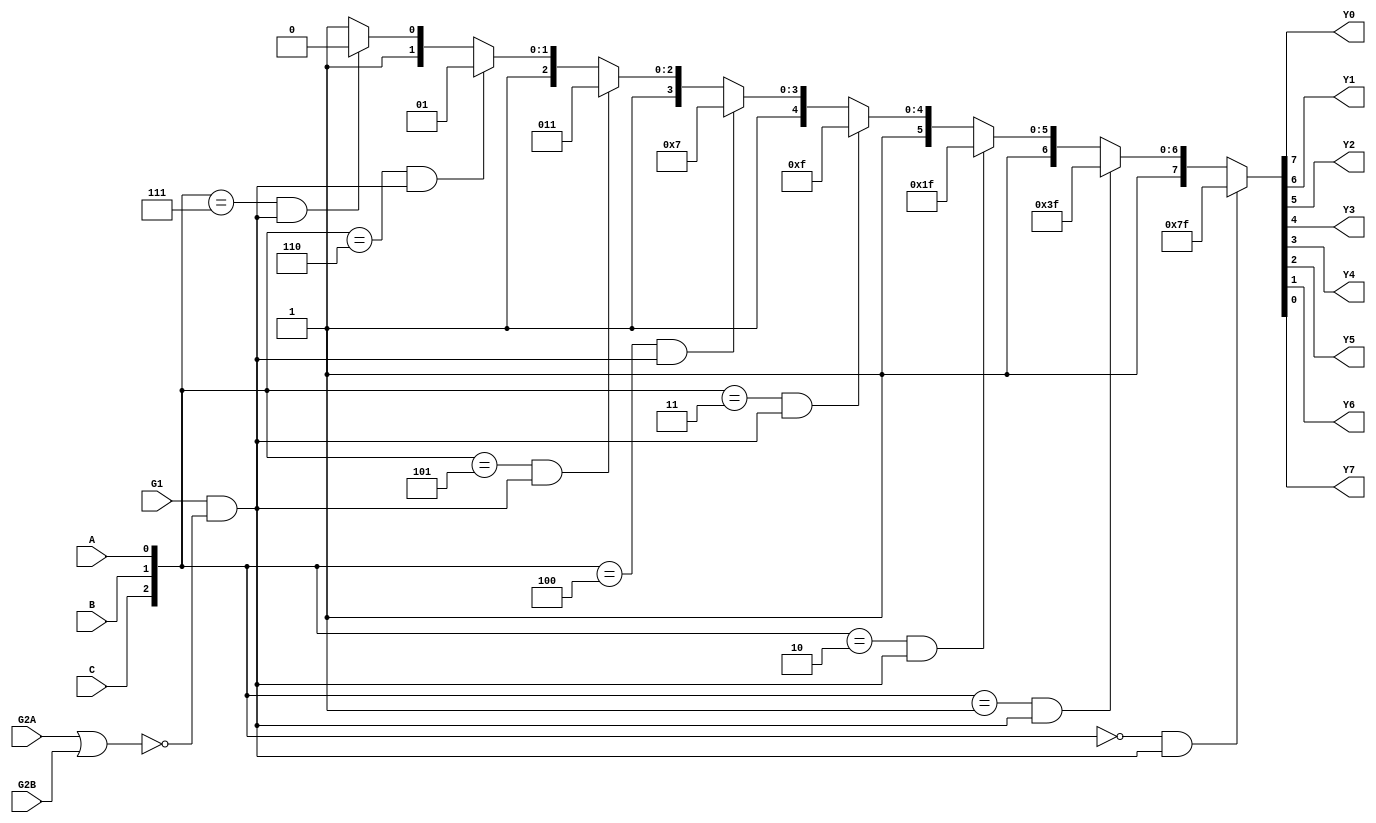
/*
 * $Id$
 */

/*
 * 3-to-8-line decoder
 */

//`define REG_DELAY 1
`define REG_DELAY 0

module part_74S138( A, B, C, G2A, G2B, G1,
	Y0, Y1, Y2, Y3, Y4, Y5, Y6, Y7);

  input A, B, C, G2A, G2B, G1;
  output Y0, Y1, Y2, Y3, Y4, Y5, Y6, Y7;

  assign { Y0,Y1,Y2,Y3,Y4,Y5,Y6,Y7 } =
    ({C,B,A} == 3'b000) & (G1 & !(G2A | G2B)) ? 8'b01111111 :
    ({C,B,A} == 3'b001) & (G1 & !(G2A | G2B)) ? 8'b10111111 :
    ({C,B,A} == 3'b010) & (G1 & !(G2A | G2B)) ? 8'b11011111 :
    ({C,B,A} == 3'b011) & (G1 & !(G2A | G2B)) ? 8'b11101111 :
    ({C,B,A} == 3'b100) & (G1 & !(G2A | G2B)) ? 8'b11110111 :
    ({C,B,A} == 3'b101) & (G1 & !(G2A | G2B)) ? 8'b11111011 :
    ({C,B,A} == 3'b110) & (G1 & !(G2A | G2B)) ? 8'b11111101 :
    ({C,B,A} == 3'b111) & (G1 & !(G2A | G2B)) ? 8'b11111110 :
    8'b11111111;

/*
  reg Y0, Y1, Y2, Y3, Y4, Y5, Y6, Y7;

  always @(A or B or C)
    if (G1 & !(G2A | G2B))
      case ( {C,B,A} )
        3'b000: { Y0,Y1,Y2,Y3,Y4,Y5,Y6,Y7 } <= 8'b01111111;
        3'b001: { Y0,Y1,Y2,Y3,Y4,Y5,Y6,Y7 } <= 8'b10111111;
        3'b010: { Y0,Y1,Y2,Y3,Y4,Y5,Y6,Y7 } <= 8'b11011111;
        3'b011: { Y0,Y1,Y2,Y3,Y4,Y5,Y6,Y7 } <= 8'b11101111;
        3'b100: { Y0,Y1,Y2,Y3,Y4,Y5,Y6,Y7 } <= 8'b11110111;
        3'b101: { Y0,Y1,Y2,Y3,Y4,Y5,Y6,Y7 } <= 8'b11111011;
        3'b110: { Y0,Y1,Y2,Y3,Y4,Y5,Y6,Y7 } <= 8'b11111101;
        3'b111: { Y0,Y1,Y2,Y3,Y4,Y5,Y6,Y7 } <= 8'b11111110;
      endcase
    else
        { Y0,Y1,Y2,Y3,Y4,Y5,Y6,Y7 } <= 8'b11111111;
*/

/*
	not #(`REG_DELAY)
		gg1(l1,G1),
		gg3(l3,A),
		gg4(l4,B),
		gg5(l5,C),
		gg6(l6,l3),
		gg7(l7,l4),
		gg8(l8,l5);
	nor #(`REG_DELAY)
		gg2(l2,l1,G2A,G2B);
	nand #(`REG_DELAY)
		gg9(Y0,l3,l4,l5,l2),
		gg10(Y1,l6,l4,l5,l2),
		gg11(Y2,l3,l7,l5,l2),
		gg12(Y3,l6,l7,l5,l2),
		gg13(Y4,l3,l4,l8,l2),
		gg14(Y5,l6,l4,l8,l2),
		gg15(Y6,l3,l7,l8,l2),
		gg16(Y7,l6,l7,l8,l2);
*/

endmodule